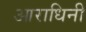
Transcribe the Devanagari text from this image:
आराधिनी